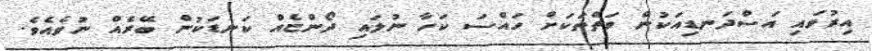
އިރުވައި އަސްދަނޑިއަކުން ވަތްތަކަށް ހައްސަ ކަހާ ނުލައި ދޯންޏެއް ކަނޑަކުން ބޭރެއް ނުވެއެވެ.